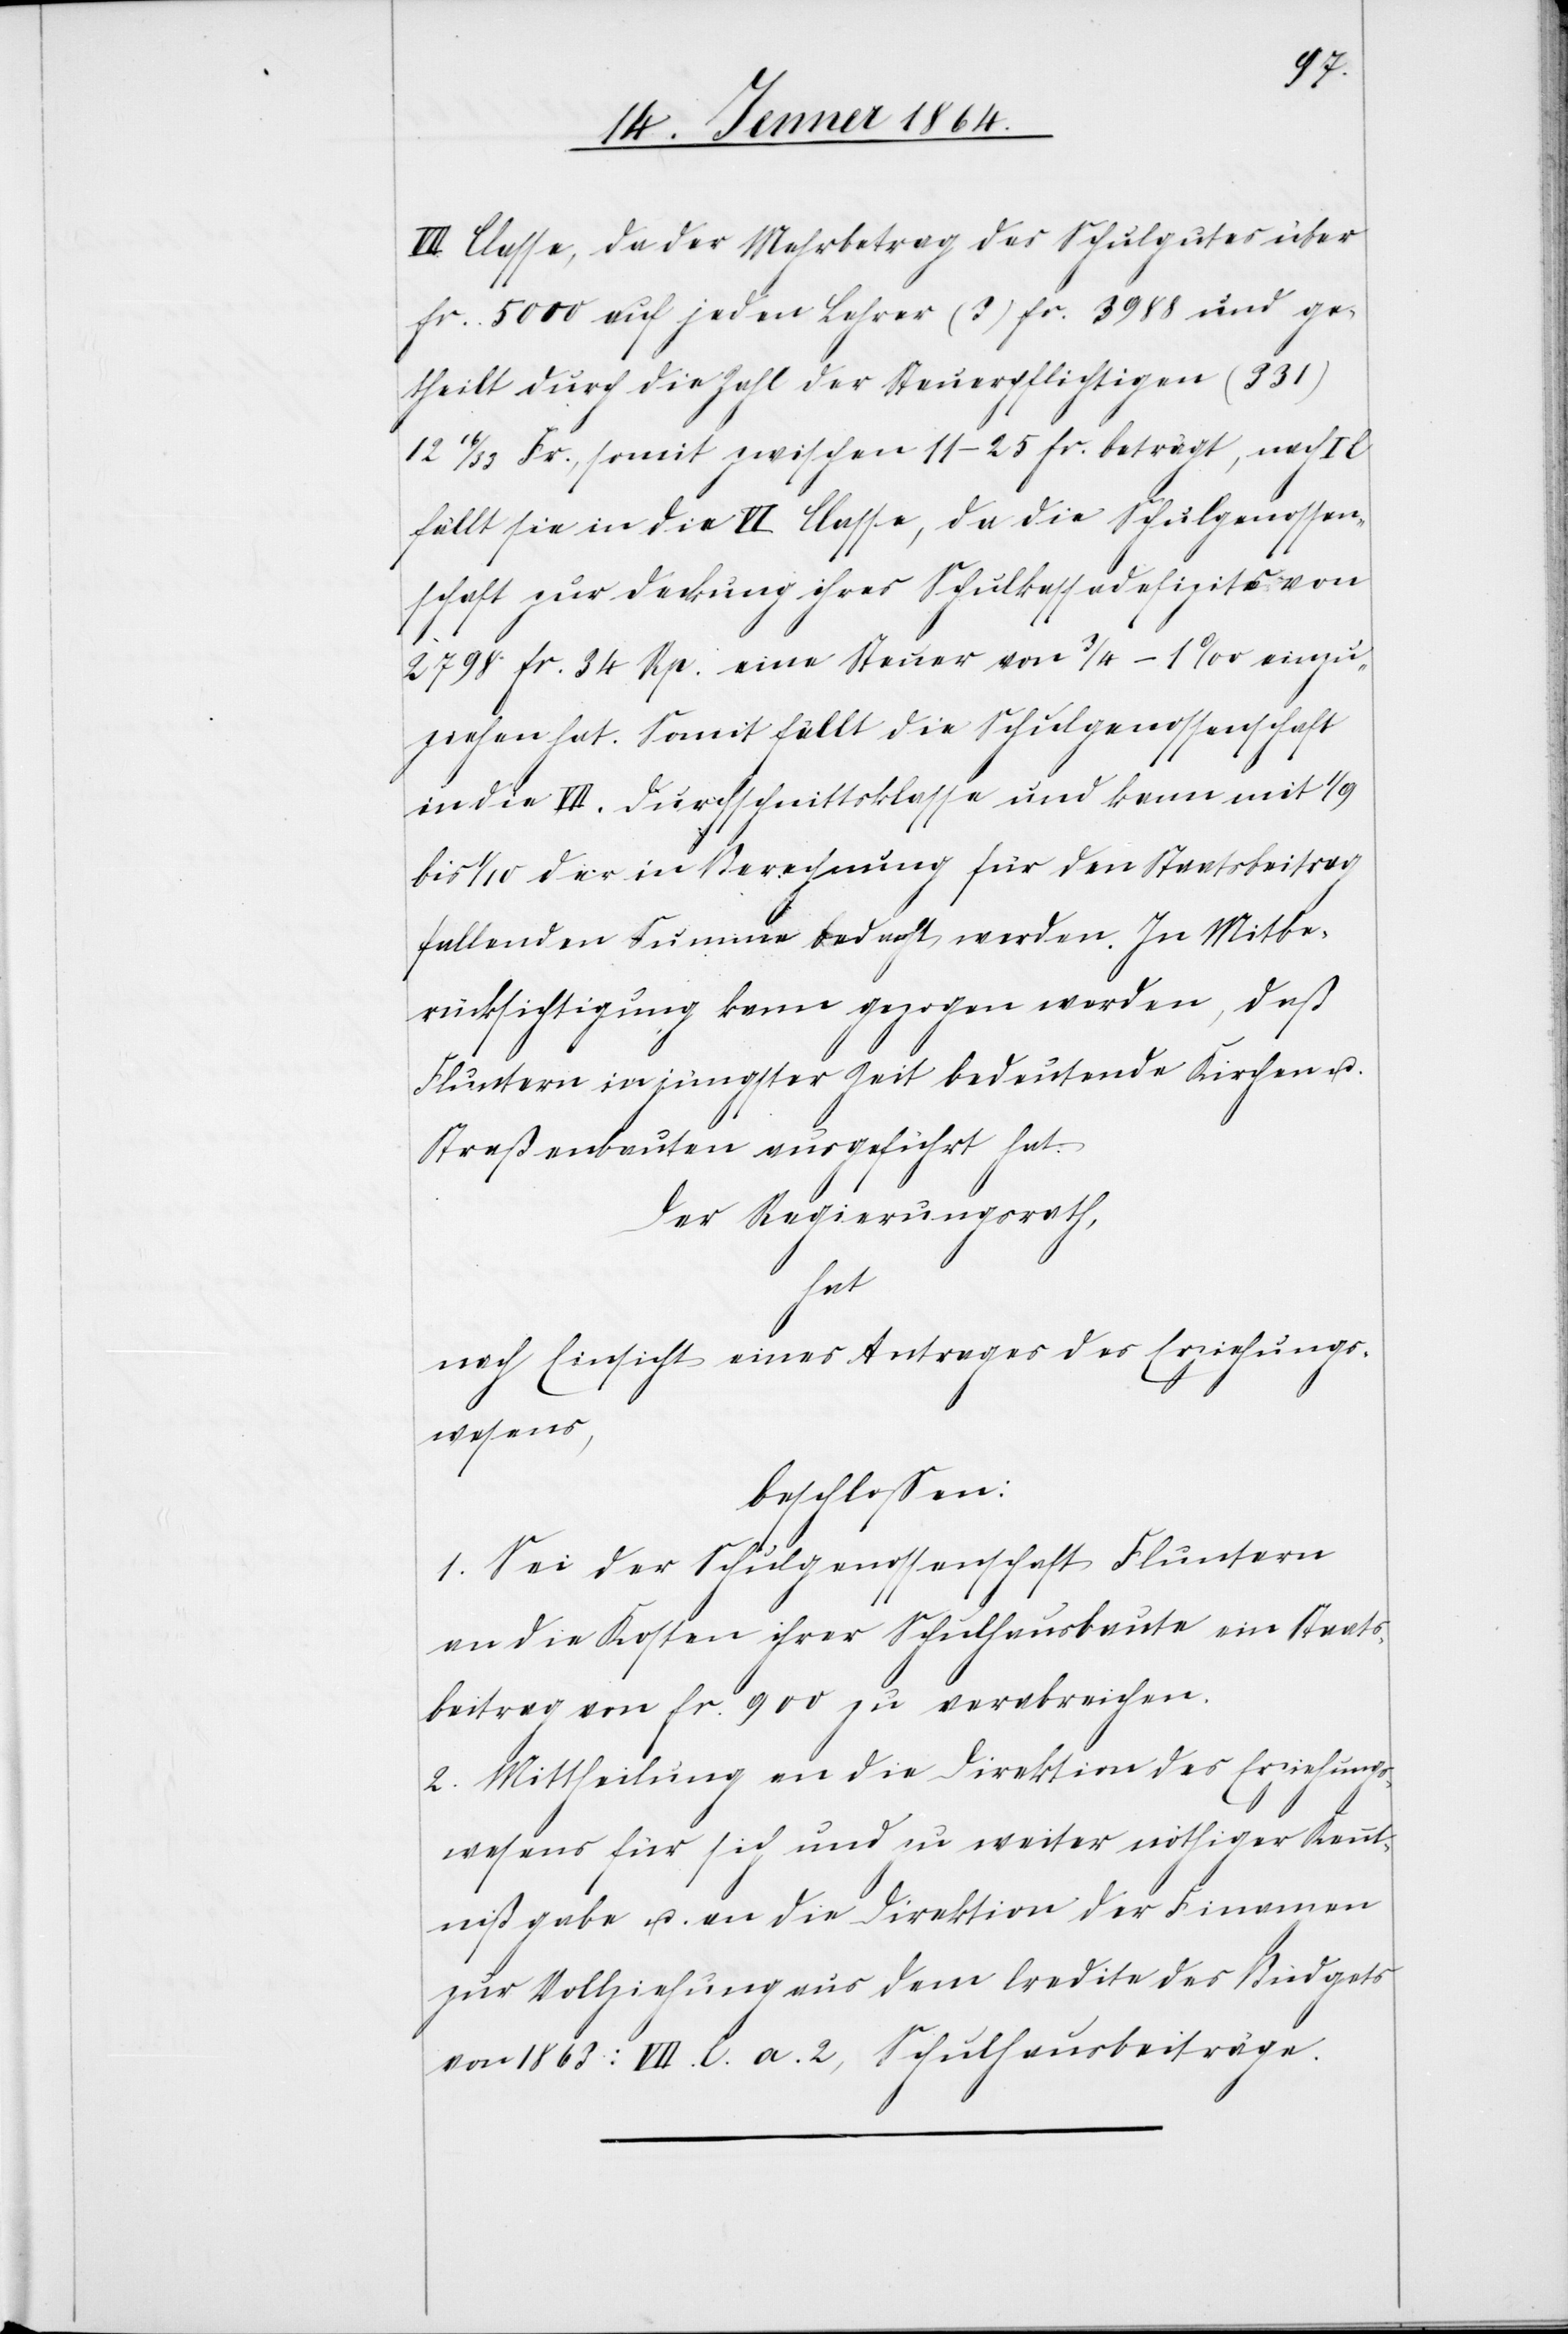
VII. Classe, da der Mehrbetrag des Schulgutes über
fr. 5000 auf jeden Lehrer (3) fr. 3988 und ge¬
theilt durch die Zahl der Steuerpflichtigen (331)
12 16/33 Fr., somit zwischen 11–25 fr. beträgt, nach I C
fällt sie in die VI. Classe, da die Schulgenossen¬
schaft zur Deckung ihres Schulkassendefizits von
2798 fr. 34 Rp. eine Steuer von 3/4 – 1‰ einzu¬
ziehen hat. Somit fällt die Schulgenossenschaft
in die VII. Durchschnittsklasse und kann mit 1/9
bis 1/10 der in Berechnung für den Staatsbeitrag
fallenden Summe bedacht werden. In Mitbe¬
rücksichtigung kann gezogen werden, daß
Fluntern in jüngster Zeit bedeutende Kirchen u.
Straßenbauten ausgeführt hat.
Der Regierungsrath,
hat
nach Einsicht eines Antrages des Erziehungs¬
wesens,
beschlossen:
1. Sei der Schulgenossenschaft Fluntern
an die Kosten ihrer Schulhausbaute ein Staats¬
beitrag von fr. 900 zu verabreichen.
2. Mittheilung an die Direktion des Erziehungs¬
wesens für sich und zu weiter nöthiger Kennt¬
nißgabe u. an die Direktion der Finanzen
zur Vollziehung aus dem Credite des Budgets
von 1863 : VII. C. a. 2, Schulhausbeiträge.